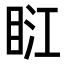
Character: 𥆀